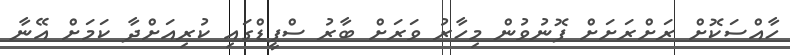
ހާއްސަކޮށް ރަށްރަށަށް ފޮނުވުން މިހާރު ވަރަށް ބާރު ސްޕީޑްގައި ކުރިއަށްދާ ކަމަށް އޭނާ